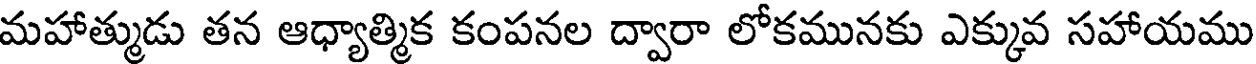
మహాత్ముడు తన ఆధ్యాత్మిక కంపనల ద్వారా లోకమునకు ఎక్కువ సహాయము